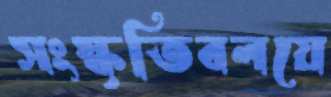
সংস্কৃতিবলয়ে